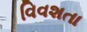
વિવશતા